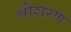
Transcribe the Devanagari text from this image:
श्रीशरण